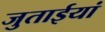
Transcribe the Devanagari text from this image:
जुताईयां